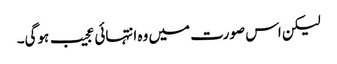
لیکن اس صورت میں وہ انتہائی عجیب ہوگی۔